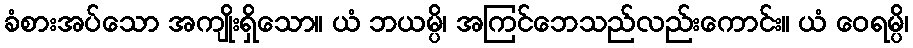
ခံစားအပ်သော အကျိုးရှိသော။ ယံ ဘယမ္ပိ၊ အကြင်ဘေသည်လည်းကောင်း။ ယံ ဝေရမ္ပိ၊